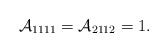
\begin{align*}\mathcal{A}_{1111}=\mathcal{A}_{2112}=1.\end{align*}